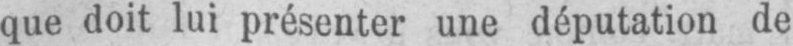
que doit lui présenter une députation de